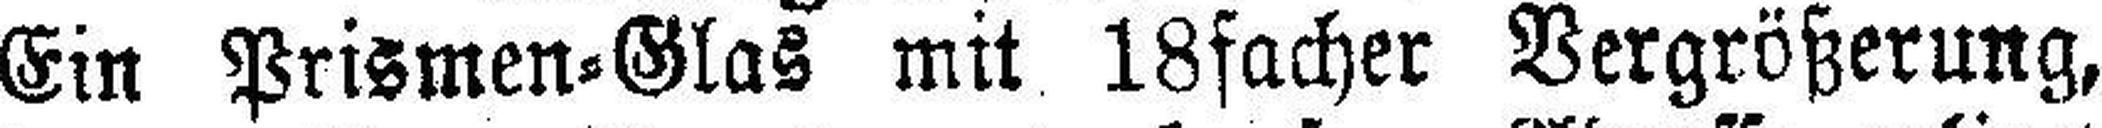
Ein Prismen=Glas mit 18facher Vergrößerung,